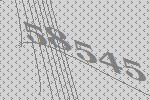
58545